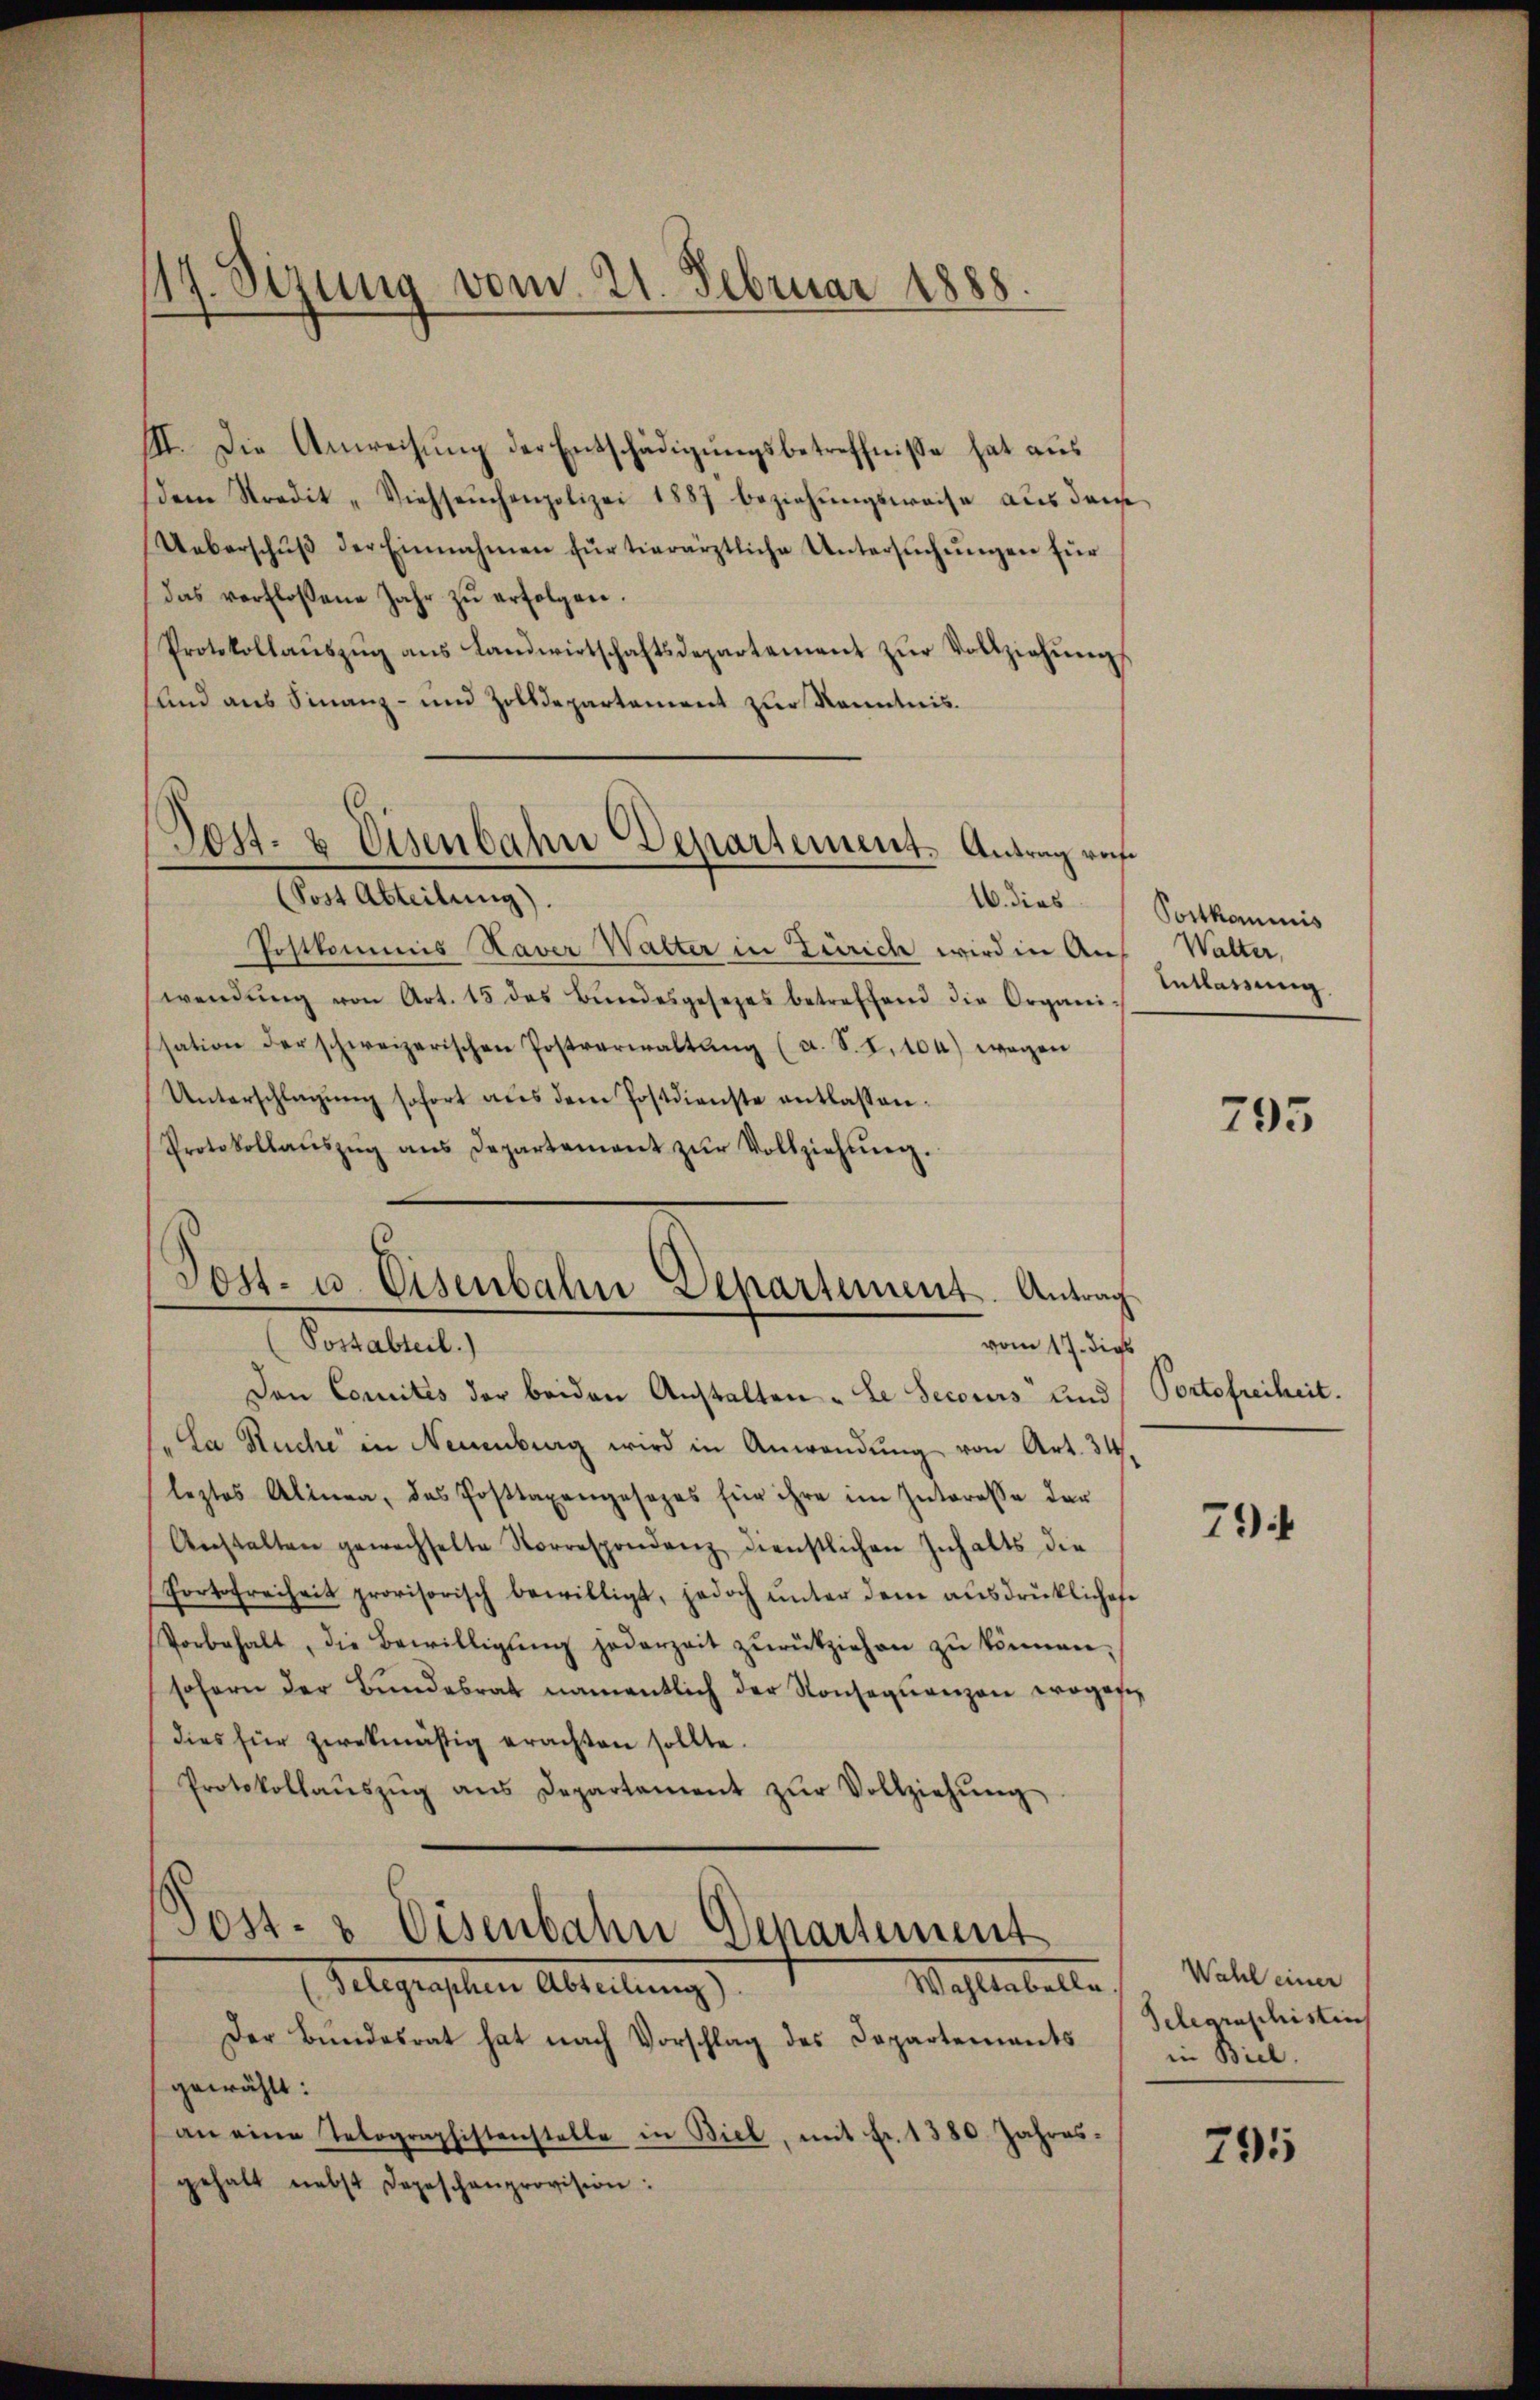
117. Sezung vom 21. Februar 1888.

III. Die Anweisung der Entschädigungsbetreffnisse hat aus
dem Stradit „Viehseuchenpolizei 1887 beziehŭngsweise aus demse
Ueberschŭβ der Einnahmen für tierärztliche Untersŭchŭngen für
das verfloßene Jahr zŭ erfolgen.
Protokollaŭszŭg ans Landwirtschaftsdepartement zŭr Vollziehŭng
und aus Finanz- und Zolldepartement zur Kenntnis.

Post- & Eisenbahn Departement. Antrag reif
(Sost Abteilung).

16. dies
Postkommis Xaver Walter in Zürich wird in Auf
wendŭng von Art. 15 des Bŭndesgesezes betreffend die Organi-
ssation der schweizerischen Postverwaltŭng (a. S. I. 104) wegen
Unterschlagung sofort aus dem Postdienste entlassen.
Protokollaŭszŭg ans Departement zŭr Vollziehŭng.
Den Comités der beiden Anstalten „Le secours und Portofreiheit.
"La Ruche in Neuenburg wird in Anwendung von Art. 34
leztes Alinea, das Posttaxangosopas für ihre im Interesse der
Anstalten gewechselte Sorrespondenz dienstlichen Inhalts die
Portofreiheit provisorisch bewilligt, jedoch ŭnter dem ausdrücklichese
Vorbehalt, die Bewilligŭng jederzeit zŭrückziehen zŭ können,
sofern der Bŭndesrat namentlich der Konseqŭenzen woges
dies für zwekmäßig erachten sollte.
Protokollaŭszŭg ans Departement zŭr Vollziehŭng
Post- & Eisenbahn Departement
Wahlabelle Wahl einer
Gelegensten Abteilungs
Der Bundesrat hat nach Vorschlag des Departements in Biel.
gewählt:
an eine Telographistenstelle in Biel, mit fr. 1380. Jahres-
gehalt nebst Depeschenprovision:

Post- u. Eisenbahn Departement. Antrag
Possabteil)
vom 17. dies

Postkommis
Walter,
Entlassung

795

794

Telegraschistisch

795